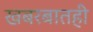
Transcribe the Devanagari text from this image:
खबरबातही